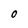
Character: 0